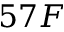
5 7 F